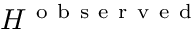
H ^ { \mathrm { ~ o ~ b ~ s ~ e ~ r ~ v ~ e ~ d ~ } }